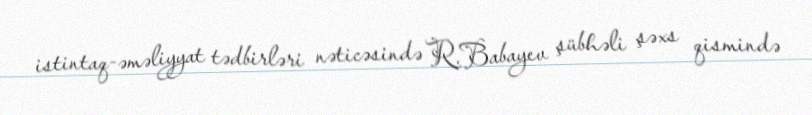
istintaq-əməliyyat tədbirləri nəticəsində R.Babayev şübhəli şəxs qismində